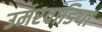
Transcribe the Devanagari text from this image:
उमरवाडिया